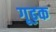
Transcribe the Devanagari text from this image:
गूढ़क